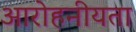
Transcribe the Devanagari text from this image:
आरोहनीयता